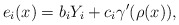
\begin{align*}e_i(x) = b_i Y_i + c_i \gamma'(\rho(x)),\end{align*}